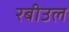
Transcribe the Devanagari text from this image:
रबीउल